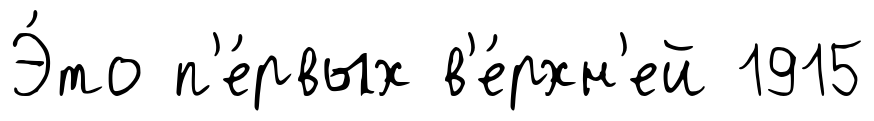
Э́то п'е́рвых в'е́рхн'ей 1915